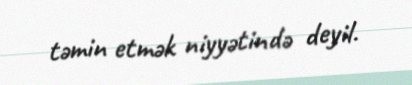
təmin etmək niyyətində deyil.